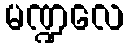
မဏ္ဍလေ